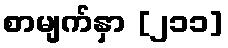
စာမျက်နှာ [၂၁၁]